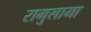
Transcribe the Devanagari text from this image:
रामुलामा